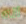
انه